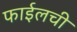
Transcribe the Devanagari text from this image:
फाईलची